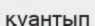
қуантып